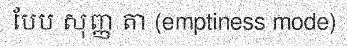
បែប សុញ្ញ តា (emptiness mode)